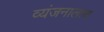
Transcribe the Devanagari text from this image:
व्यंजनालाच